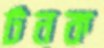
টনক